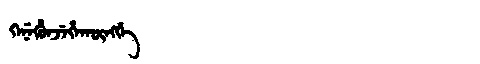
Manchu: ᡴᡝᠨᡝᡥᡠᠨᠵᡝᡥᠠᡴᡡᠩᡤᡝ
Romanization: KENEHUNJEHAKŪNGGE